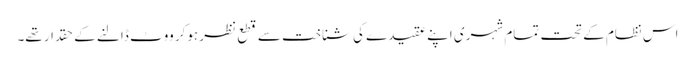
اس نظام کے تحت تمام شہری اپنے عقیدے کی شناخت سے قطع نظر ہوکر ووٹ ڈالنے کے حقدار تھے۔